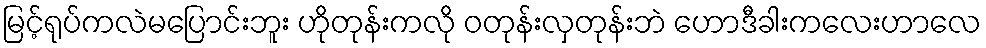
မြင့်ရုပ်ကလဲမပြောင်းဘူး ဟိုတုန်းကလို ဝတုန်းလှတုန်းဘဲ ဟောဒီခါးကလေးဟာလေ